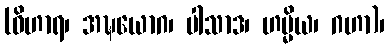
(ဝိဟာရ၊ အဍ္ဎယောဂ၊ ပါသာဒ၊ ဟမ္မိယ၊ ဂဟာ)၊